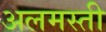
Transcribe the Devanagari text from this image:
अलमस्ती